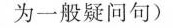
为一般疑问句)